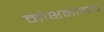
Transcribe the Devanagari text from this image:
मोक्षमार्गाचे